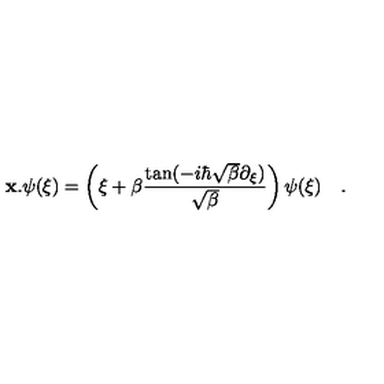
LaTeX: { \bf { x } } . \psi ( { \xi } ) = \left( { \xi } + \beta \frac { \tan ( - i \hbar \sqrt { \beta } \partial _ { { \xi } } ) } { \sqrt { \beta } } \right) \psi ( { \xi } ) \quad .